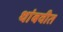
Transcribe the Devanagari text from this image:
थांबवीत